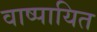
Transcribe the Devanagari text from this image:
वाष्पायित